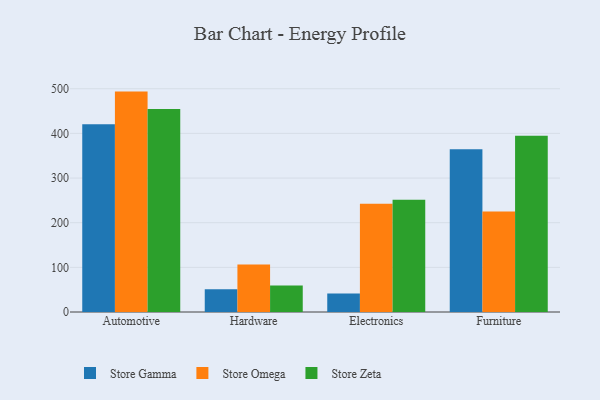
{"axis": {"x": "Category", "y": "Backlog"}, "legend": ["Store Gamma", "Store Omega", "Store Zeta"], "data": [{"x": "Automotive", "y": 420.4, "type": "Store Gamma"}, {"x": "Automotive", "y": 493.6, "type": "Store Omega"}, {"x": "Automotive", "y": 454.5, "type": "Store Zeta"}, {"x": "Hardware", "y": 50.8, "type": "Store Gamma"}, {"x": "Hardware", "y": 106.4, "type": "Store Omega"}, {"x": "Hardware", "y": 59.6, "type": "Store Zeta"}, {"x": "Electronics", "y": 41.2, "type": "Store Gamma"}, {"x": "Electronics", "y": 242.2, "type": "Store Omega"}, {"x": "Electronics", "y": 251.6, "type": "Store Zeta"}, {"x": "Furniture", "y": 364.7, "type": "Store Gamma"}, {"x": "Furniture", "y": 224.9, "type": "Store Omega"}, {"x": "Furniture", "y": 394.7, "type": "Store Zeta"}]}